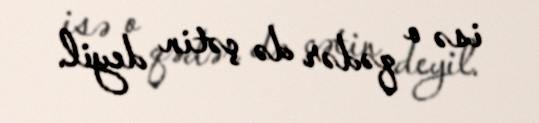
isə o qədər də çətin deyil.